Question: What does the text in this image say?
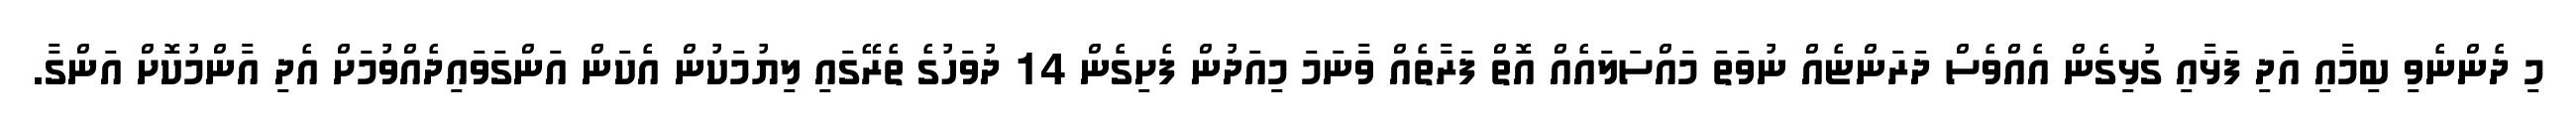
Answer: މި ދެންނެވި ބިމާއި އަދި ފަޅާއި ގުޅިގެން އެއްވެސް ދަރަންޏެއް ނުވަތަ މައްސަލައެއް އޮތް ފަރާތެއް ވާނަމަ މިއަދުން ފެށިގެން 14 ދުވަހުގެ ތެރޭގައި ލިޔުމަކުން އެކަން އަންގަވައިދެއްވުމަށް އެދި އާންމުކޮށް އަންގާ.